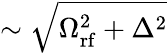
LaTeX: \sim\sqrt{\Omega_{\mathrm{rf}}^{2}+\Delta^{2}}